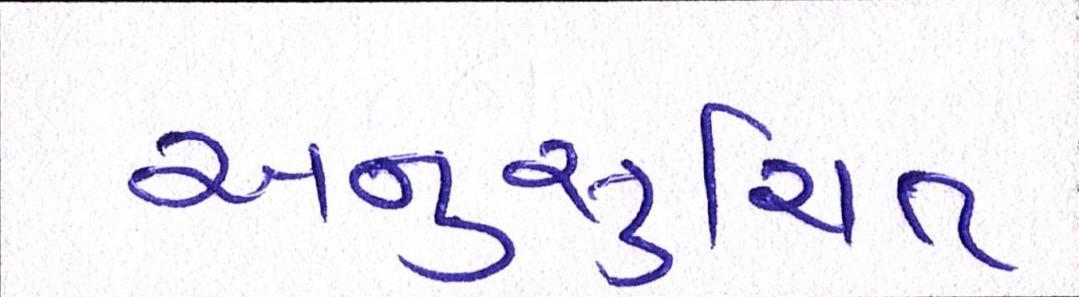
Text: અનુસુચિત